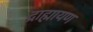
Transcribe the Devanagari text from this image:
द्राह्मायण